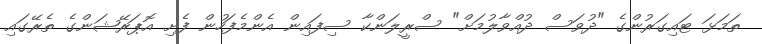
ތަމަޅަ ޓައިގަރުންގެ "ދުވަސް ދުއްވާލުމަށް" ސްރީލަންކާ ސިފައިން އެންމެފަހުން ފެށި އޮޕަރޭޝަންގެ ތެރޭގައި